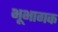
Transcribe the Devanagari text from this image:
भूभागक